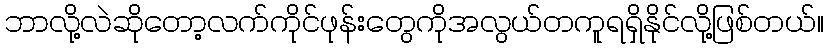
ဘာလို့လဲဆိုတော့လက်ကိုင်ဖုန်းတွေကိုအလွယ်တကူရရှိနိုင်လို့ဖြစ်တယ်။